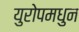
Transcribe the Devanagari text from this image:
युरोपमधुन